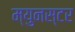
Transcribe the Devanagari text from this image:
म्युनस्टर